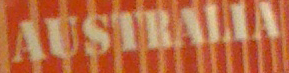
AUSTRALIA